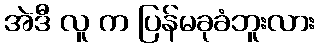
အဲဒီ လူ က ပြန်မခုခံဘူးလား